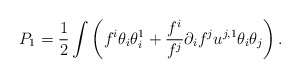
\begin{align*}P_1 = \frac12 \int \left( f^i \theta_i \theta_i^1 + \frac{f^i}{f^j} \partial_i f^j u^{j,1} \theta_i \theta_j \right) .\end{align*}